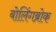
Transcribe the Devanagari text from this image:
बोलिंगब्रोक